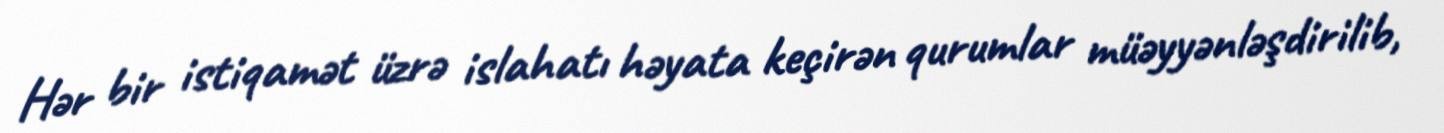
Hər bir istiqamət üzrə islahatı həyata keçirən qurumlar müəyyənləşdirilib,